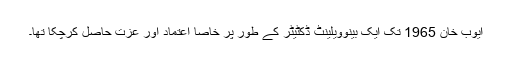
ایوب خان 1965 تک ایک بینوویلینٹ ڈکٹیٹر کے طور پر خاصا اعتماد اور عزت حاصل کرچکا تھا۔